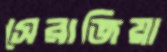
সেরাজিয়া